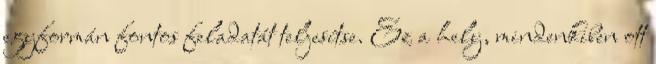
egyformán fontos feladatát teljesítse. Ez a hely, mindenkiben ott